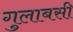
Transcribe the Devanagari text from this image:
गुलाबसी